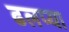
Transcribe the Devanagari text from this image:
ढलप्या